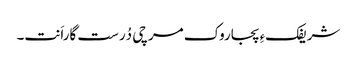
شریفکءِ پجاروک مرچی دُرست گاراَنت۔